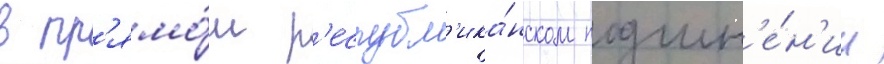
в пр'ямо́м р'еспубл'ика́нском подчин'е́н'ии